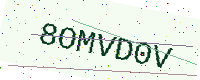
Text: 8OMVD0V